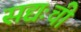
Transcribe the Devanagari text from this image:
सद्यःची